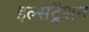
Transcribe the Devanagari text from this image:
इल्सट्रैशन